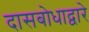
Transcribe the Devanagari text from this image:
दासबोधाद्वारे